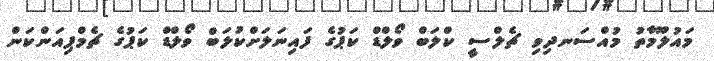
މައުލޫމާތު މުއްސަނދިވި ޗެލްސީ ކްލަބް ވޯލްޑް ކަޕުގެ ފައިނަލަށްކުލަބް ވޯލްޑް ކަޕުގެ ޗެމްޕިއަންކަން